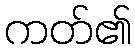
ကတ်၏